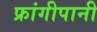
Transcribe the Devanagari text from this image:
फ्रांगीपानी